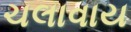
ચલાવાય